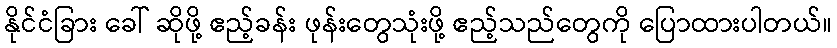
နိုင်ငံခြား ခေါ် ဆိုဖို့ ဧည့်ခန်း ဖုန်းတွေသုံးဖို့ ဧည့်သည်တွေကို ပြောထားပါတယ်။